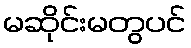
မဆိုင်းမတွပင်